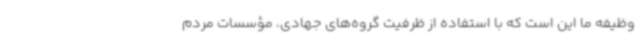
وظیفه ما این است که با استفاده از ظرفیت گروه‌های جهادی، مؤسسات مردم